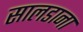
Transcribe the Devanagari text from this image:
सालडाना